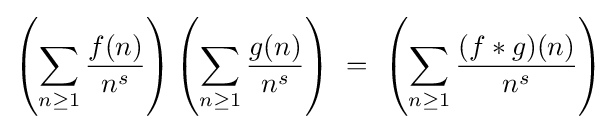
\left(\sum _{n\geq 1}{\frac {f(n)}{n^{s}}}\right)\left(\sum _{n\geq 1}{\frac {g(n)}{n^{s}}}\right)\ =\ \left(\sum _{n\geq 1}{\frac {(f*g)(n)}{n^{s}}}\right)